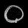
Digit: ၀